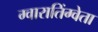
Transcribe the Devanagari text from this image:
ग्वारातिंग्वेता